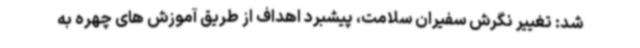
شد: تغییر نگرش سفیران سلامت، پیشبرد اهداف از طریق آموزش های چهره به